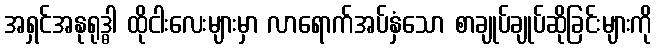
အရှင်အနုရုဒ္ဓါ ထိုငါးလေးများမှာ လာရောက်အပ်နှံသော စာချုပ်ချုပ်ဆိုခြင်းများကို